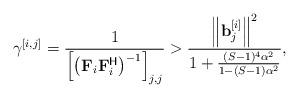
LaTeX: \begin{align*}\gamma^{[i,j]} &= \frac{1}{\left[\left(\mathbf{F}_i\mathbf{F}_i^{\mathsf{H}}\right)^{-1}\right]_{j,j}} > \frac{\left\| \mathbf{b}_{j}^{[i]} \right\|^2}{1+\frac{(S-1)^4 \alpha^2}{1-(S-1)\alpha^2}},\end{align*}